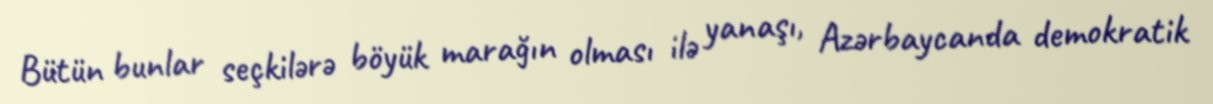
Bütün bunlar seçkilərə böyük marağın olması ilə yanaşı, Azərbaycanda demokratik